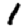
Digit: 1